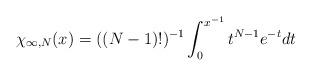
LaTeX: \begin{align*}\chi_{\infty ,N} (x) = ((N - 1)!)^{- 1} \int_{0}^{x^{- 1}}t^{N - 1} e^{- t}dt\end{align*}